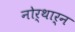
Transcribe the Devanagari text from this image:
नोर्थार्न